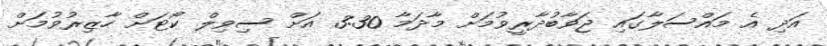
އަދި އެ މައްސަލާގައި ޖަވާބުދާރީވުމަށް މާދަމާ 3:30 އަށް ސިވިލް ކޯޓަށް ހާޒިރުވުމަށް